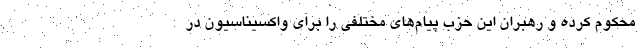
محکوم کرده و رهبران این حزب پیام‌های مختلفی را برای واکسیناسیون در